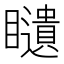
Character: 𥌰